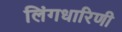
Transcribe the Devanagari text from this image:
लिंगधारिणी